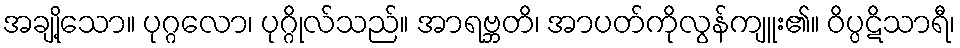
အချို့သော။ ပုဂ္ဂလော၊ ပုဂ္ဂိုလ်သည်။ အာရဗ္ဘတိ၊ အာပတ်ကိုလွန်ကျူး၏။ ဝိပ္ပဋိသာရီ၊